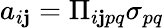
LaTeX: a_{i\mathbf{j}}=\Pi_{i\mathbf{j}pq}\sigma_{pq}